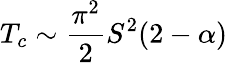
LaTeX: T_{c}\sim\frac{\pi^{2}}{2}S^{2}(2-\alpha)